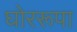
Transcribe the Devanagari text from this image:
घोररूपा